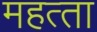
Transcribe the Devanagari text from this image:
महत्‍ता